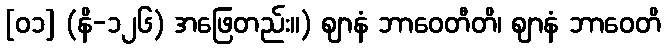
[၀၁] (နိ-၁၂၆) အဖြေတည်း။) ဈာနံ ဘာဝေတီတိ၊ ဈာနံ ဘာဝေတိ